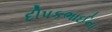
દીપકભાઈના